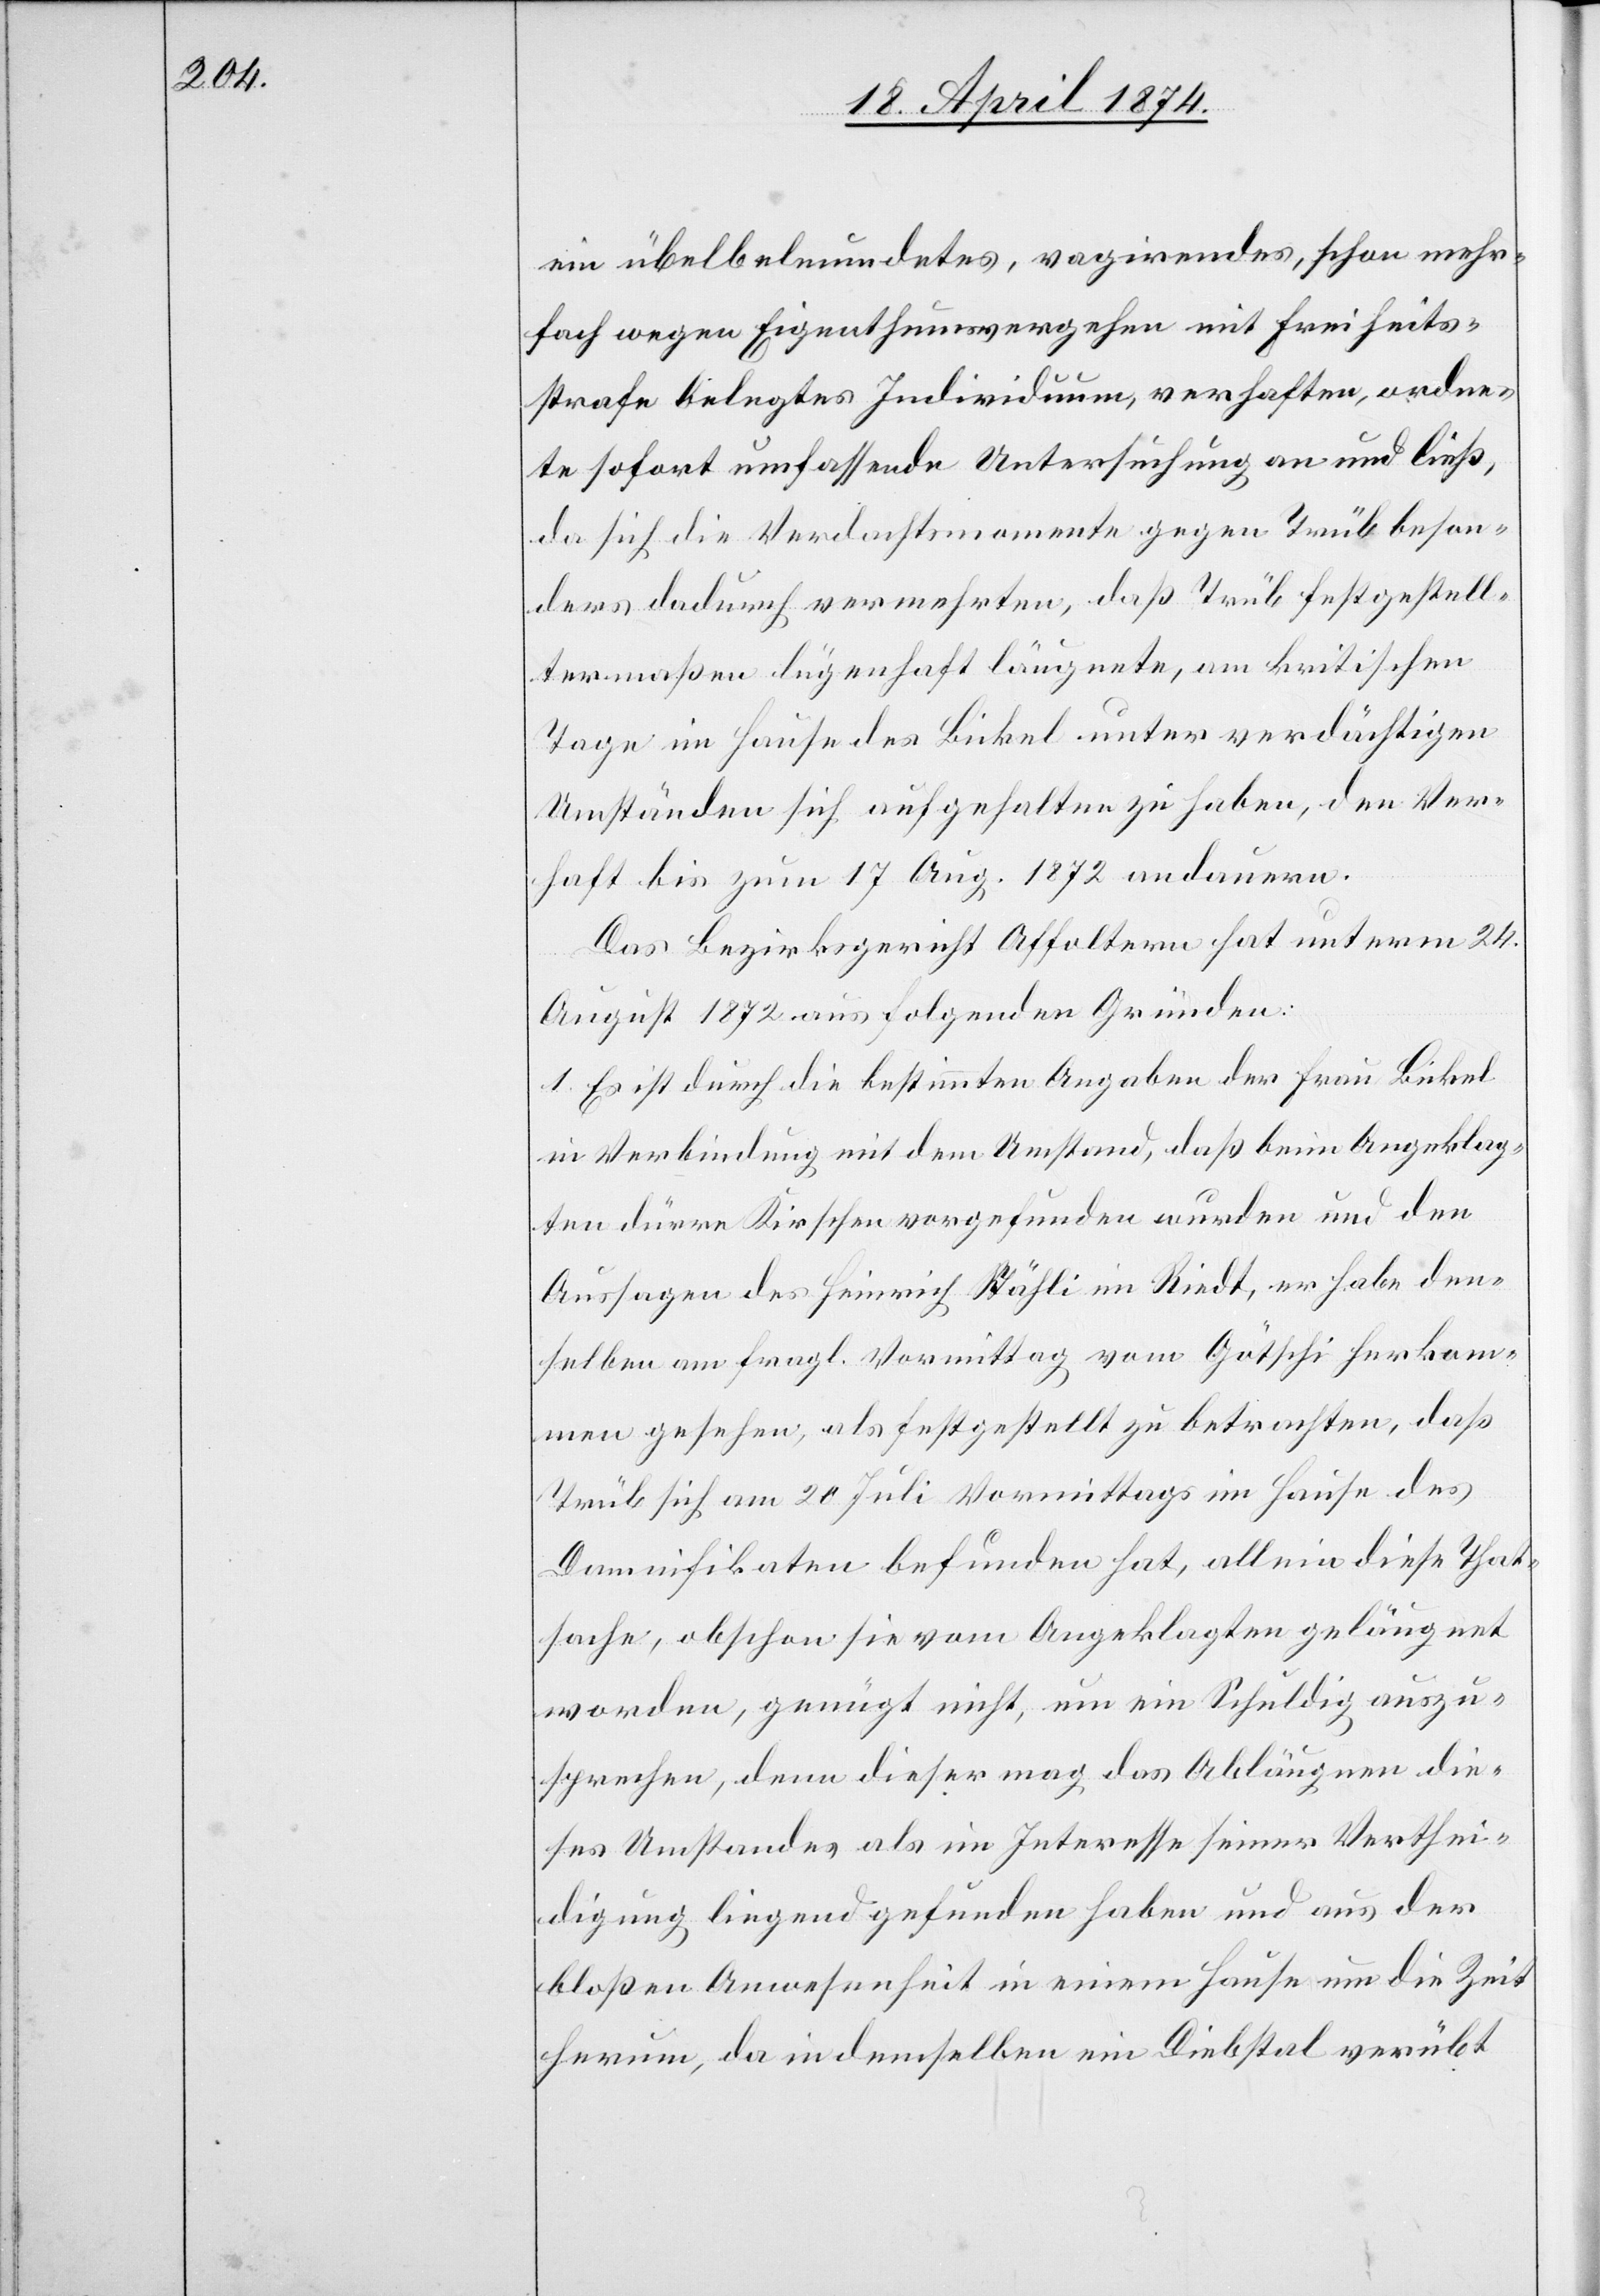
ein übelbeleumdetes, vagirendes, schon mehr¬
fach wegen Eigenthumsvergehen mit Freiheits¬
strafe belegtes Individuum, verhaften, ordne¬
te sofort umfassende Untersuchung an und ließ,
da sich die Verdachtsmomente gegen Trüb beson¬
ders dadurch vermehrten, daß Trüb festgestell¬
termaßen lügenhaft läugnete, am kritischen
Tage im Hause des Bickel [sic!] unter verdächtigen
Umständen sich aufgehalten zu haben, den Ver¬
haft bis zum 17. Aug. 1872 andauern.
Das Bezirksgericht Affoltern hat unterm 24.
August 1872 aus folgenden Gründen:
1. Es ist durch die bestimmten Angaben der Frau Bickel,
in Verbindung mit dem Umstand, daß beim Angeklag¬
ten dürre Kirschen vorgefunden wurden und den
Aussagen des Heinrich Stähli im Riedt, er habe den¬
selben am fragl. Vormittag vom Götschi herkom¬
men gesehen, als festgestellt zu betrachten, daß
Trüb sich am 20. Juli Vormittags im Hause des
Damnifikaten befunden hat, allein diese That¬
sache, obschon sie vom Angeklagten geläugnet
worden, genügt nicht, um ein Schuldig auszu¬
sprechen, denn dieser mag das Abläugnen die¬
ses Umstandes als im Interesse seiner Verthei¬
digung liegend gefunden haben und aus der
bloßen Anwesenheit in einem Hause um die Zeit
herum, da in demselben ein Diebstal verübt